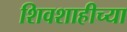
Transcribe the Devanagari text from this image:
शिवशाहीच्या